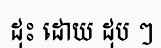
ដុះ ដោយ ដុប ៗ